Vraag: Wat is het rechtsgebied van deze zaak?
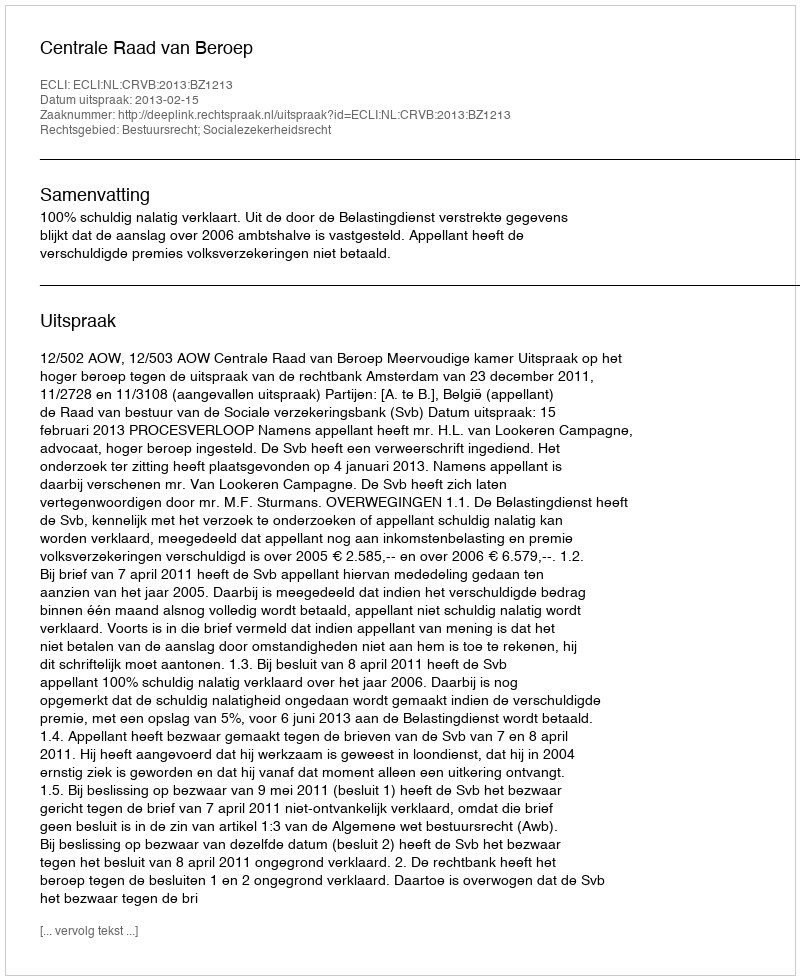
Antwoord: Bestuursrecht; Socialezekerheidsrecht